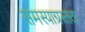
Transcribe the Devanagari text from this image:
समस्याग्रस्तता